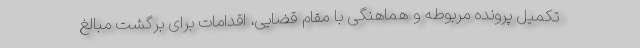
تکمیل پرونده مربوطه و هماهنگی با مقام قضایی، اقدامات برای برگشت مبالغ